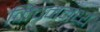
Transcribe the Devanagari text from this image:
किचनमध्ये